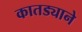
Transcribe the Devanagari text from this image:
कातड्याने